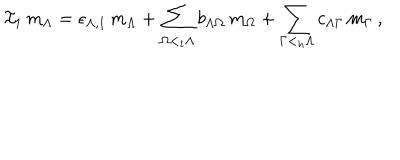
{ \mathcal I } _ { 1 } \, m _ { \Lambda } = \epsilon _ { \Lambda , 1 } \, m _ { \Lambda } + \sum _ { \Omega < _ { t } \Lambda } b _ { \Lambda \Omega } \, m _ { \Omega } + \sum _ { \Gamma < _ { h } \Lambda } c _ { \Lambda \Gamma } \, m _ { \Gamma } \, ,